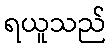
ရယူသည်